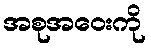
အစုအဝေးကို